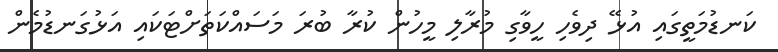
ކަނޑުމަތީގައި އުޅޭ ދިވެހި ހީވާގި މުރާލި މީހުން ކުރާ ބުރަ މަސައްކަތަށްޓަކައި އަޅުގަނޑުމެން